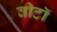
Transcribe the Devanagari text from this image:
वीटॉ